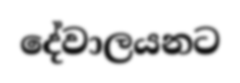
දේවාලයනට